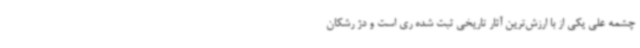
چشمه علی یکی از با ارزش‌ترین آثار تاریخی ثبت شده ری است و دژ رشکان